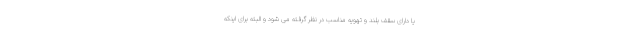
یا دارای سقف بلند و تهویه مناسب در نظر گرفته می شود و البته برای اینکه